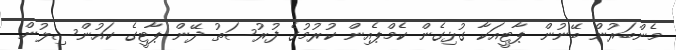
މެންބަރުން ބޭނުން ޕާޓީއަކާ ގުޅިގެން ކެމްޕެއިން ކުރުމުގެ ފުރުސަތު ދޭން ޕާޓީގެ ކައުންސިލުން